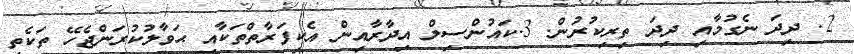
2. ދިދަ ނެގުމާއި ދިދަ ތިރިކުރުން. 3.ކައުންސިލް އިދާރާއިން އެކިފަރާތްތަކާއި ޙަވާލުކުރަންޖެހޭ ތަކެތި